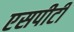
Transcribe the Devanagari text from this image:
एसपीटी